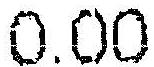
0.00